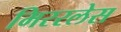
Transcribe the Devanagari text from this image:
मिररलेस